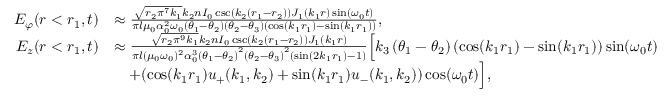
\begin{array} { r l } { E _ { \varphi } ( r < r _ { 1 } , t ) } & { \approx \frac { \sqrt { r _ { 2 } \pi ^ { 7 } k _ { 1 } } k _ { 2 } n I _ { 0 } \csc ( k _ { 2 } ( r _ { 1 } - r _ { 2 } ) ) J _ { 1 } ( k _ { 1 } r ) \sin ( \omega _ { 0 } t ) } { \pi l \mu _ { 0 } \alpha _ { 0 } ^ { 2 } \omega _ { 0 } \left( \theta _ { 1 } - \theta _ { 2 } \right) \left( \theta _ { 2 } - \theta _ { 3 } \right) ( \cos ( k _ { 1 } r _ { 1 } ) - \sin ( k _ { 1 } r _ { 1 } ) ) } , } \\ { E _ { z } ( r < r _ { 1 } , t ) } & { \approx \frac { \sqrt { r _ { 2 } \pi ^ { 9 } k _ { 1 } } k _ { 2 } n I _ { 0 } \csc ( k _ { 2 } ( r _ { 1 } - r _ { 2 } ) ) J _ { 1 } ( k _ { 1 } r ) } { \pi l ( \mu _ { 0 } \omega _ { 0 } ) ^ { 2 } \alpha _ { 0 } ^ { 3 } \left( \theta _ { 1 } - \theta _ { 2 } \right) ^ { 2 } \left( \theta _ { 2 } - \theta _ { 3 } \right) ^ { 2 } ( \sin ( 2 k _ { 1 } r _ { 1 } ) - 1 ) } \Big [ k _ { 3 } \left( \theta _ { 1 } - \theta _ { 2 } \right) ( \cos ( k _ { 1 } r _ { 1 } ) - \sin ( k _ { 1 } r _ { 1 } ) ) \sin ( \omega _ { 0 } t ) } \\ & { \quad + ( \cos ( k _ { 1 } r _ { 1 } ) u _ { + } ( k _ { 1 } , k _ { 2 } ) + \sin ( k _ { 1 } r _ { 1 } ) u _ { - } ( k _ { 1 } , k _ { 2 } ) ) \cos ( \omega _ { 0 } t ) \Big ] , } \end{array}